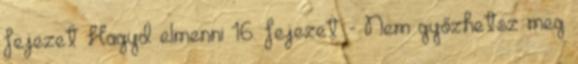
fejezet Hagyd elmenni 16. fejezet - Nem győzhetsz meg